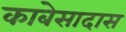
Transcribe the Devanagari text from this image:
काबेसादास